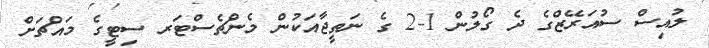
ލުއިސް ސުއަރޭޒްގެ ދެ ގޯލުން 1-2 ގެ ނަތީޖާއަކުން މެންޗެސްޓަރ ސިޓީގެ މައްޗަށް